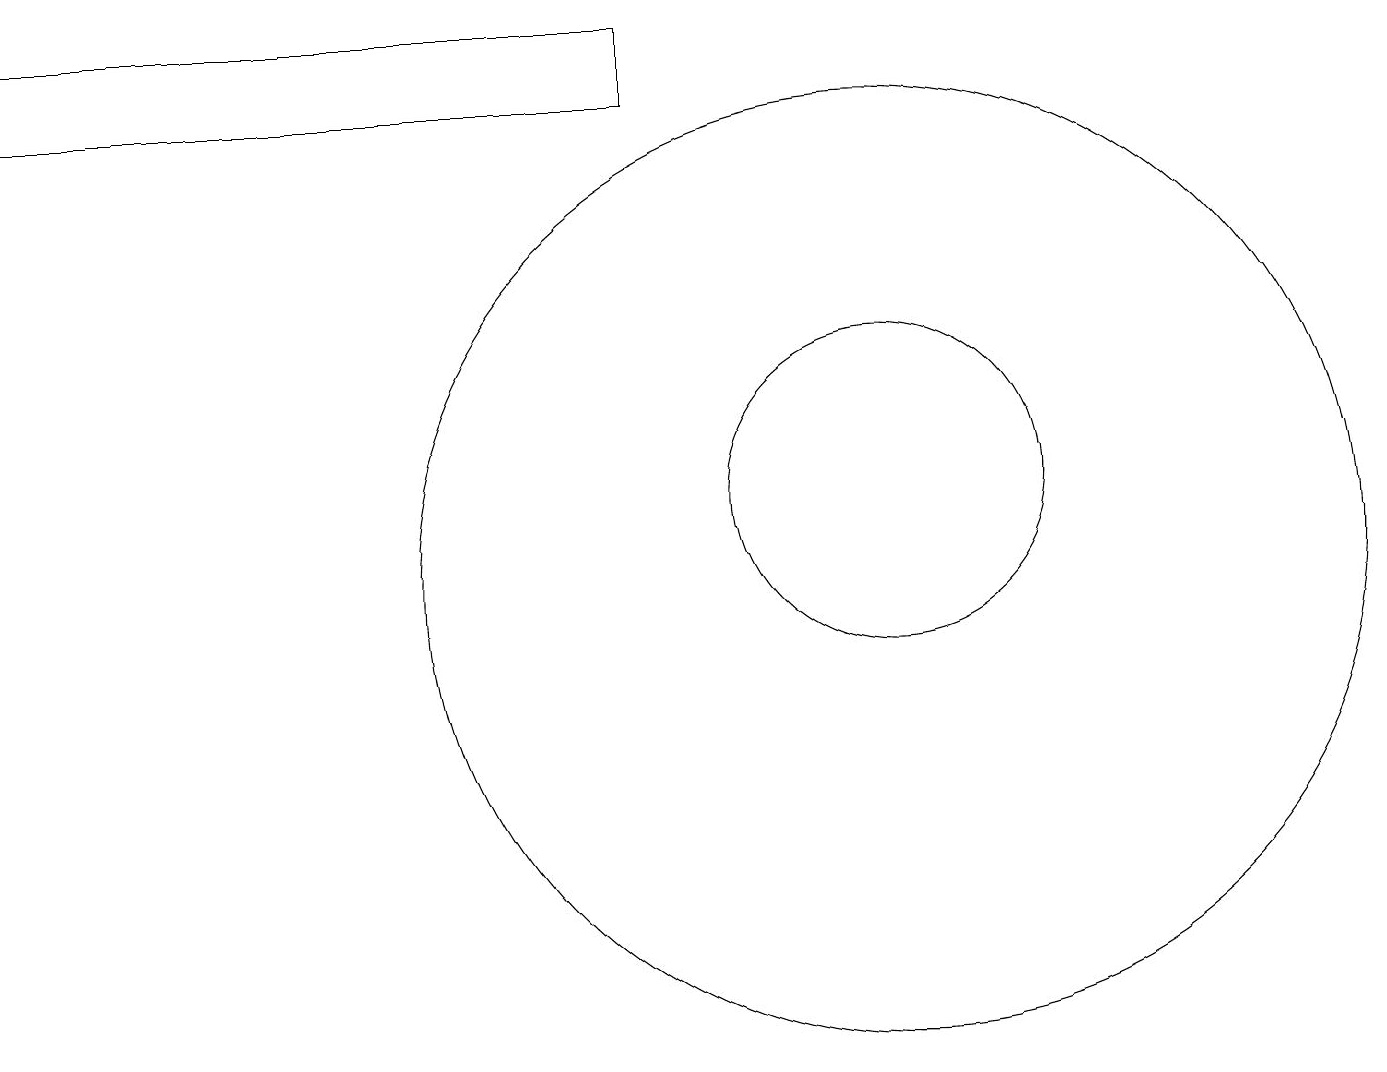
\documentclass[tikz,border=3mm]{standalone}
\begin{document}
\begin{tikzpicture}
\draw (11,12) circle (2);
\draw (11,11) circle (6);
\draw (8,17) rectangle (0,18);
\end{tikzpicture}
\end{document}